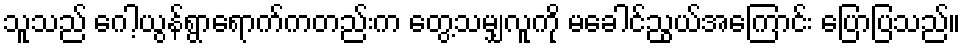
သူသည် ဂေါ့ယွန်ရွာရောက်ကတည်းက တွေ့သမျှလူကို မခေါင်ညွယ်အကြောင်း ပြောပြသည်။